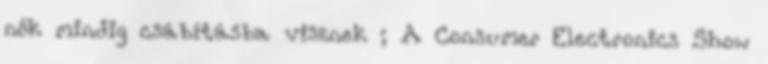
nők mindig csábításba visznek ; A Consumer Electronics Show